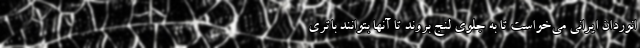
انوردان ایرانی می‌خواست تا به جلوی لنج بروند تا آنها بتوانند باتری